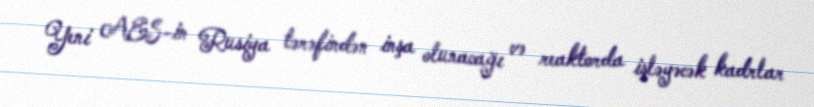
Yeni AES-in Rusiya tərəfindən inşa olunacağı və reaktorda işləyəcək kadrlar